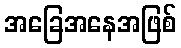
အခြေအနေအဖြစ်